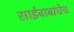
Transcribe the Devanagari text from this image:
साईबाबांचेच